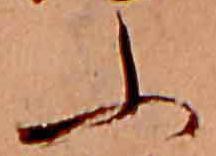
ふ